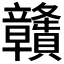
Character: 𥫔